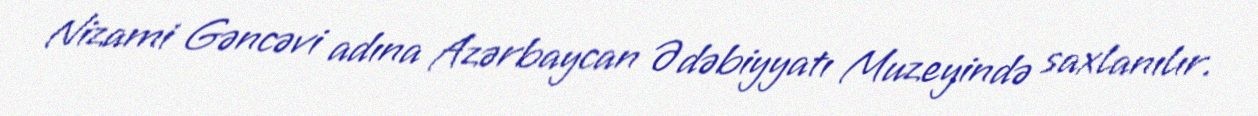
Nizami Gəncəvi adına Azərbaycan Ədəbiyyatı Muzeyində saxlanılır.